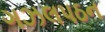
ગઝલપઠન